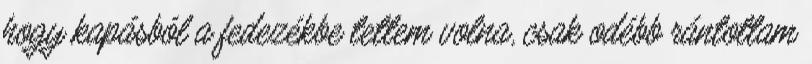
hogy kapásból a fedezékbe tettem volna, csak odébb rántottam